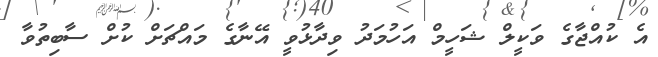
އެ ކުއްޖާގެ ވަކީލް ޝަހީމް އަހުމަދު ވިދާޅުވީ އޭނާގެ މައްޗަށް ކުށް ސާބިތުވާ